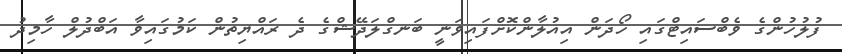
ފުލުހުންގެ ވެބްސައިޓްގައި ހޯދަން އިއުލާންކޮށްފައިވަނީ ބަނގްލަދޭޝްގެ ދެ ރައްޔިތުން ކަމުގައިވާ އަބްދުލް ހާމިދު